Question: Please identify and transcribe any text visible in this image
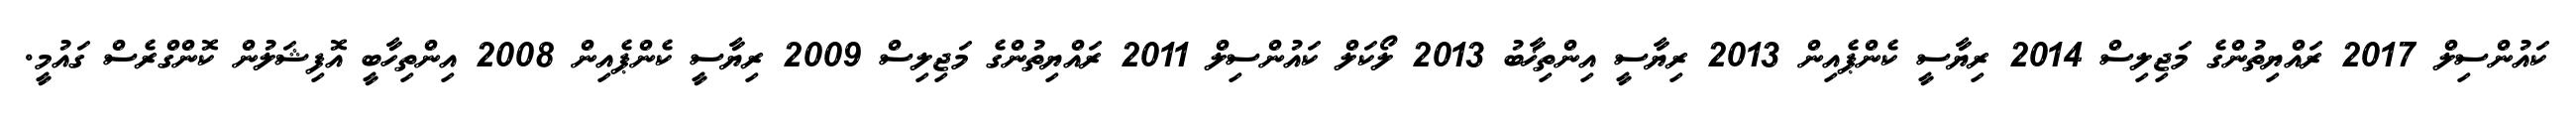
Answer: ކައުންސިލް 2017 ރައްޔިތުންގެ މަޖިލިސް 2014 ރިޔާސީ ކެންޕެއިން 2013 ރިޔާސީ އިންތިޚާބު 2013 ލޯކަލް ކައުންސިލް 2011 ރައްޔިތުންގެ މަޖިލިސް 2009 ރިޔާސީ ކެންޕެއިން 2008 އިންތިހާބީ އޮފިޝަލުން ކޮންގްރެސް ގައުމީ.